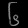
Digit: ၆